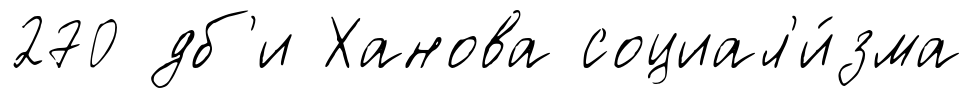
270 дб'и Ханова социал'и́зма